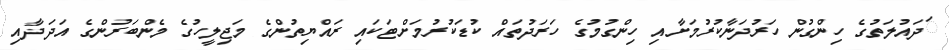
ަދައުލަތުގެ ހިންގުން ހަރުދަނާކުރުމަށާއި ހިންގުމުގެ ހަރަދުތައް ކުޑަކުރުމަށްޓަކައި ރައްޔިތުންގެ މަޖިލީހުގެ މެންބަރުންގެ އަދަދާއި